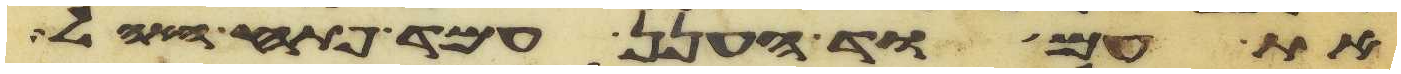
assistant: את עמוד הענן עמד פתח האהל